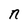
Character: n